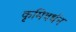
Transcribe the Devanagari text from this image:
कृमिवर्धन